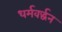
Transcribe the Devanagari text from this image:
धर्मवर्द्धन